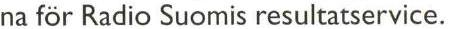
na för Radio Suomis resultatservice.